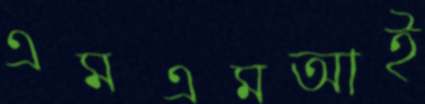
এমএমআই